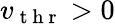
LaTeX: v_{\mathrm{~t~h~r~}}>0